Cholera in southern India
Disease focus: Cholera
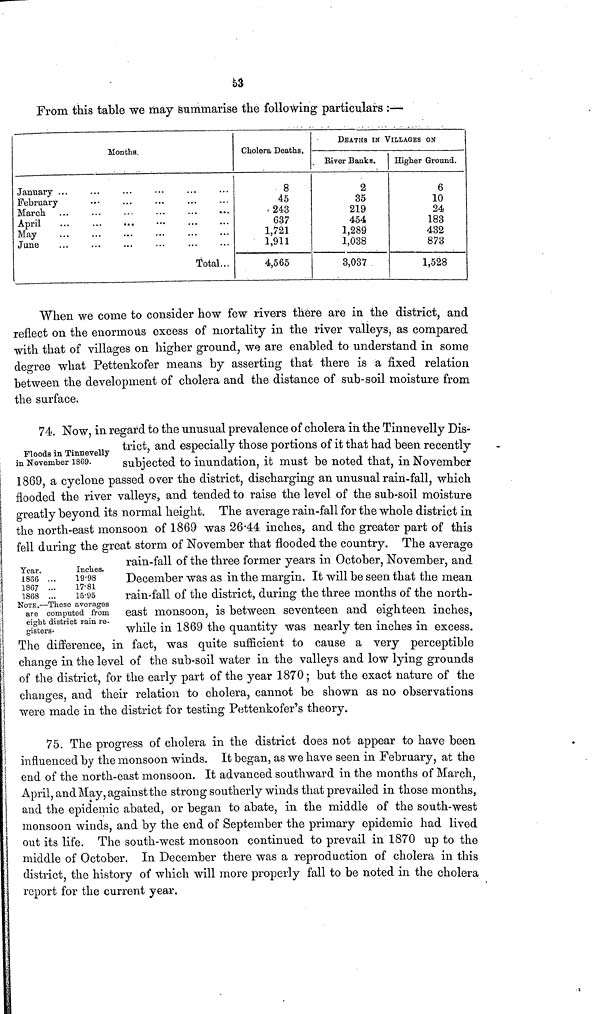
53
From this table we may summarise the following particulars :—
Months.
Cholera Deaths,
January ... ... ... … … …
February... ... ... … … …
March
...
...
...
…
…
…
April ... ... ... … … …
May
...
...
...
…
…
…
June... ... ... … … …
Total...
8
45
243
637
1,721
1,911
4,565
DEATHS IN VILLAGES ON
River Banks.
2
35
219
454
1,289
1,038
3,037
Higher Ground.
6
10
24
183
432
873
1,528
When we come to consider how few rivers there are in the district, and
reflect on the enormous excess of mortality in the river valleys, as compared
with that of villages on higher ground, we are enabled to understand in some
degree what Pettenkofer means by asserting that there is a fixed relation
between the development of cholera and the distance of sub-soil moisture from
the surface.
Floods in Tinnevelly
in November 1869.
74. Now, in regard to the unusual prevalence of cholera in the Tinnevelly Dis-
trict, and especially those portions of it that had been recently
subjected to inundation, it must be noted that, in November
1869, a cyclone passed over the district, discharging an unusual rain-fall, which
flooded the river valleys, and tended to raise the level of the sub-soil moisture
greatly beyond its normal height. The average rain-fall for the whole district in
the north-east monsoon of 1869 was 2644 inches, and the greater part of this
fell during the great storm of November that flooded the country. The average
Year.
1866
1867
1868
Inches.
19.98
17.81
15.95
NOTE.—These averages
are computed from
eight district rain re-
gisters.
rain-fall of the three former years in October, November, and
December was as in the margin. It will be seen that the mean
rain-fall of the district, during the three months of the north-
east monsoon, is between seventeen and eighteen inches,
while in 1869 the quantity was nearly ten inches in excess.
The difference, in fact, was quite sufficient to cause a very perceptible
change in the level of the sub-soil water in the valleys and low lying grounds
of the district, for the early part of the year 1870; but the exact nature of the
changes, and their relation to cholera, cannot be shown as no observations
were made in the district for testing Pettenkofer's theory.
75. The progress of cholera in the district does not appear to have been
influenced by the monsoon winds. It began, as we have seen in February, at the
end of the north-east monsoon. It advanced southward in the months of March,
April, and May, against the strong southerly winds that prevailed in those months,
and the epidemic abated, or began to abate, in the middle of the south-west
monsoon winds, and by the end of September the primary epidemic had lived
out its life. The south-west monsoon continued to prevail in 1870 up to the
middle of October. In December there was a reproduction of cholera in this
district, the history of which will more properly fall to be noted in the cholera
report for the current year.